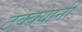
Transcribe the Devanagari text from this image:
टक्क्यानी